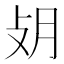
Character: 𢻿